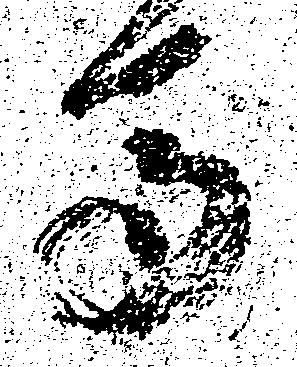
馬